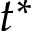
t ^ { * }